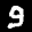
Label: 9